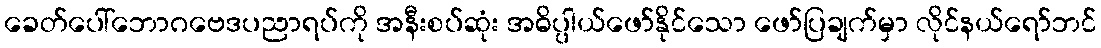
ခေတ်ပေါ်ဘောဂဗေဒပညာရပ်ကို အနီးစပ်ဆုံး အဓိပ္ပါယ်ဖော်နိုင်သော ဖော်ပြချက်မှာ လိုင်နယ်ရော်ဘင်